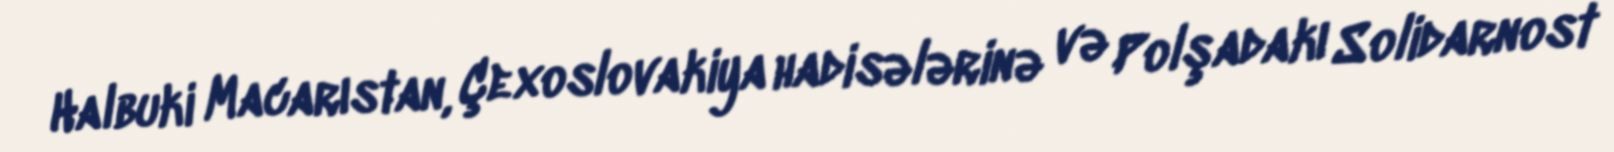
Halbuki Macarıstan, Çexoslovakiya hadisələrinə və Polşadakı Solidarnost